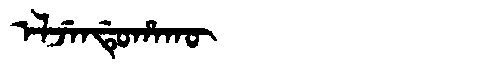
Manchu: ᡝᠯᠵᡝᠨᡩᡠᡥᠠᡴᡡ
Romanization: ELJENDUHAKŪ